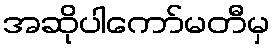
အဆိုပါကော်မတီမှ